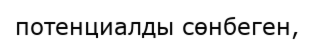
потенциалды сөнбеген,